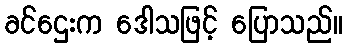
ခင်ဌေးက ဒေါသဖြင့် ပြောသည်။